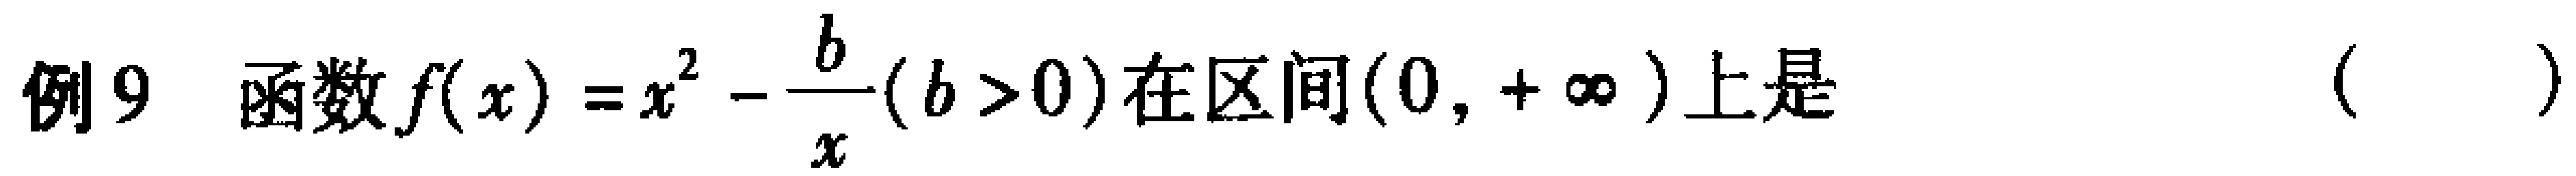
例9 函数\(f(x)=x^{2}-\frac{b}{x}(b > 0)\)在区间\((0,+\infty)\)上是（  ）